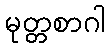
မုတ္တစာဂါ